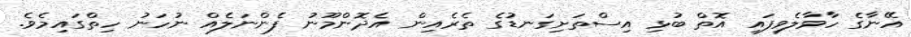
އޭނާގެ ހާވާލެވިފައި އޮތް ބުޅި އިސްތަށިގަނޑުގެ ތެރެއިން އެދޮންމޫނު ފެންނަލެއް ނުހަނު ހިތްގައިމެވެ.